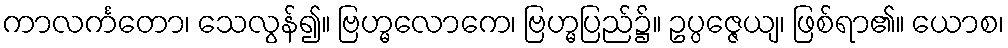
ကာလင်္ကတော၊ သေလွန်၍။ ဗြဟ္မလောကေ၊ ဗြဟ္မပြည်၌။ ဥပ္ပဇ္ဇေယျ၊ ဖြစ်ရာ၏။ ယောစ၊